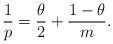
LaTeX: \begin{align*}\frac{1}{p} = \frac{\theta}{2} + \frac{1-\theta}{m}.\end{align*}